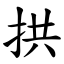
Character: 拱